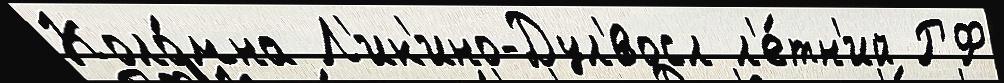
Коло́мна Л'ик'ино-Дул'́восл л'е́тн'ий РФ